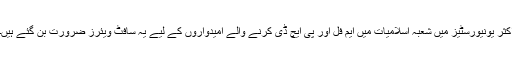
اکثر یونیورسٹیز میں شعبہ اسلامیات میں ایم فل اور پی ایچ ڈی کرنے والے امیدواروں کے لیے یہ سافٹ ویئرز ضرورت بن گئے ہیں۔